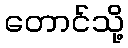
တောင်သို့